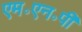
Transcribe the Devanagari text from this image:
एम॰एन॰पी